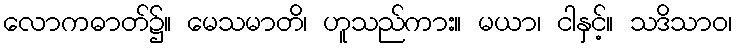
လောကဓာတ်၌။ မေသမာတိ၊ ဟူသည်ကား။ မယာ၊ ငါနှင့်။ သဒိသာဝ၊